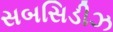
સબસિડીઝ